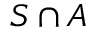
S \cap A